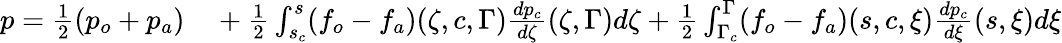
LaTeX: \begin{array}{rl}{p=\frac{1}{2}(p_{o}+p_{a})}&{{}+\frac{1}{2}\int_{s_{c}}^{s}(f_{o}-f_{a})(\zeta,c,\Gamma)\frac{dp_{c}}{d\zeta}(\zeta,\Gamma)d\zeta+\frac{1}{2}\int_{\Gamma_{c}}^{\Gamma}(f_{o}-f_{a})(s,c,\xi)\frac{dp_{c}}{d\xi}(s,\xi)d\xi}\end{array}